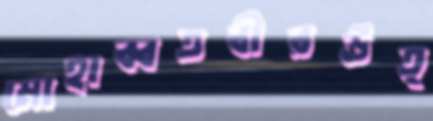
মোহাব্বতবীরউত্